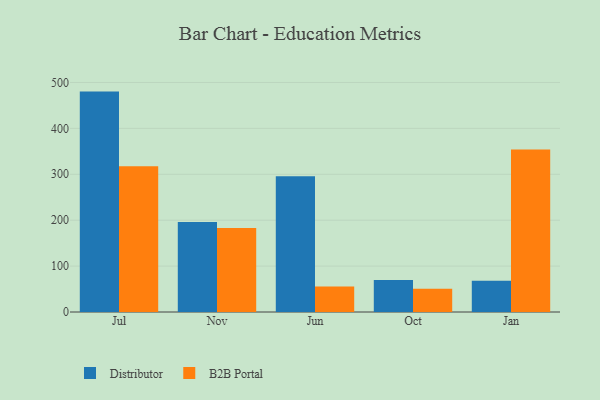
{"axis": {"x": "Month", "y": "Humidity (%)"}, "legend": ["B2B Portal", "Distributor"], "data": [{"x": "Jul", "y": 480.1, "type": "Distributor"}, {"x": "Jul", "y": 317.5, "type": "B2B Portal"}, {"x": "Nov", "y": 195.8, "type": "Distributor"}, {"x": "Nov", "y": 183.2, "type": "B2B Portal"}, {"x": "Jun", "y": 295.5, "type": "Distributor"}, {"x": "Jun", "y": 55.8, "type": "B2B Portal"}, {"x": "Oct", "y": 69.6, "type": "Distributor"}, {"x": "Oct", "y": 50.6, "type": "B2B Portal"}, {"x": "Jan", "y": 67.9, "type": "Distributor"}, {"x": "Jan", "y": 353.9, "type": "B2B Portal"}]}